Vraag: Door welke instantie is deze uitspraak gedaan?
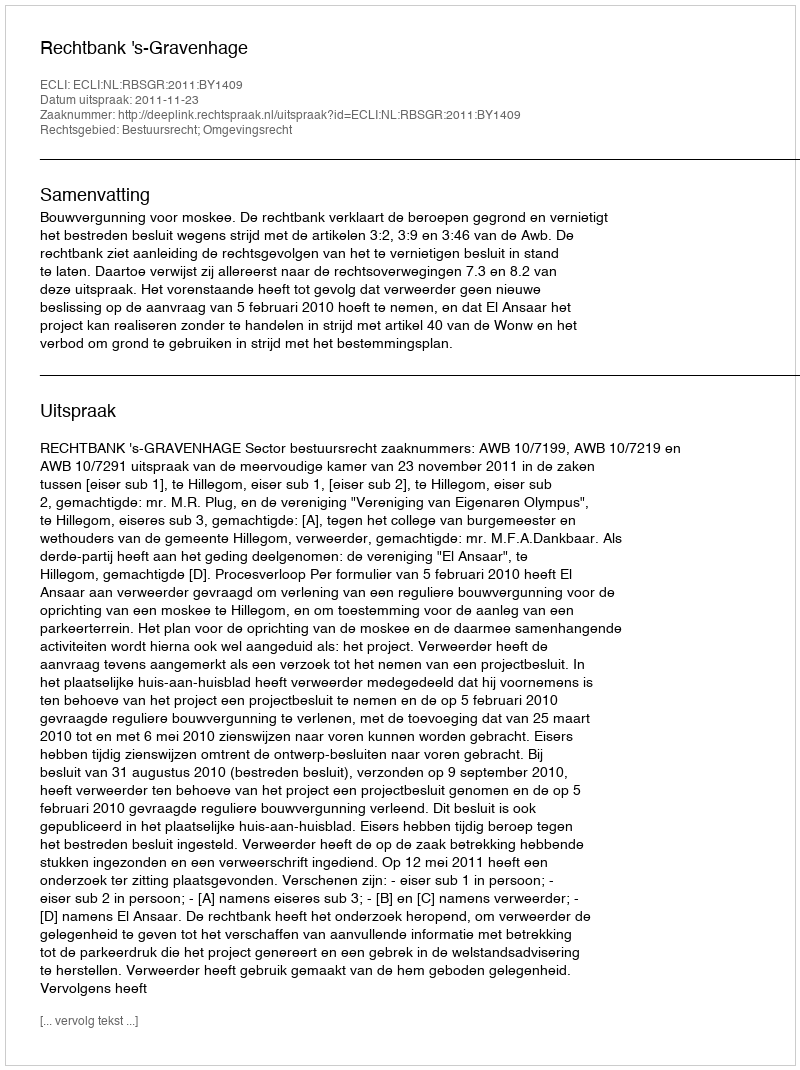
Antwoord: Rechtbank 's-Gravenhage